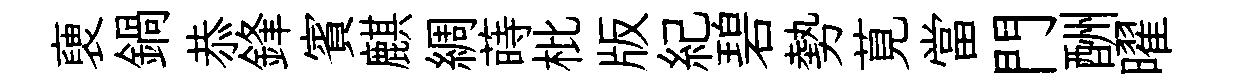
褏鍋恭鋒賓麒綢蒔枇版紀碧勢莧當門酬曜